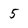
Character: 5